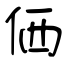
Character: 価